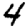
Digit: 4